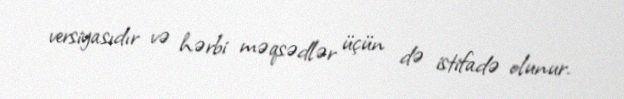
versiyasıdır və hərbi məqsədlər üçün də istifadə olunur.